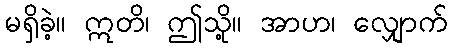
မရှိခဲ့။ ဣတိ၊ ဤသို့။ အာဟ၊ လျှောက်